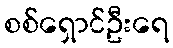
စစ်ရှောင်ဦးရေ